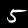
Label: 5